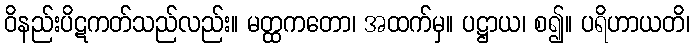
ဝိနည်းပိဋကတ်သည်လည်း။ မတ္ထကတော၊ အထက်မှ။ ပဋ္ဌာယ၊ စ၍။ ပရိဟာယတိ၊